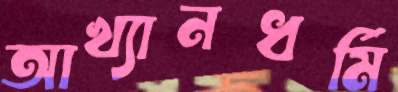
আখ্যানধর্মি